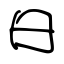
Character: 曰